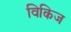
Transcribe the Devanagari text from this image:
विकिज